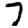
Digit: 7